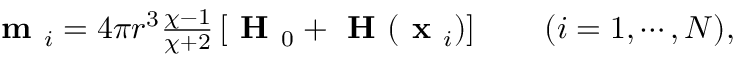
\begin{array} { r } { \textbf { m } _ { i } = 4 \pi r ^ { 3 } \frac { \chi - 1 } { \chi + 2 } \left[ \textbf { H } _ { 0 } + \textbf { H } ( \textbf { x } _ { i } ) \right] \qquad ( i = 1 , \cdots , N ) , } \end{array}